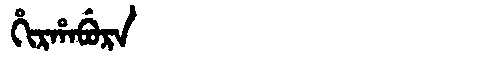
Manchu: ᡥᡳᡵᡥᠠᠪᡠᡵᠠ
Romanization: HIRHABURA